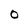
Character: 0